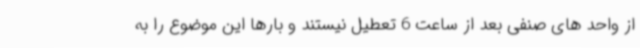
از واحد های صنفی بعد از ساعت 6 تعطیل نیستند و بارها این موضوع را به